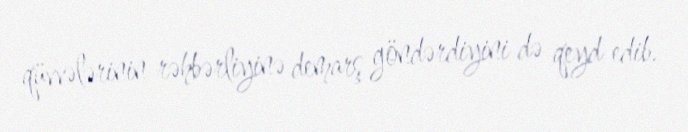
qüvvələrinin rəhbərliyinə demarş göndərdiyini də qeyd edib.